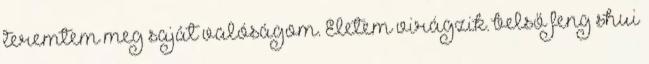
teremtem meg saját valóságom. Életem virágzik. belső feng shui